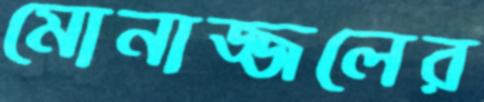
মোনাজ্জলের